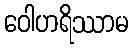
ဝေါဟရိဿာမ